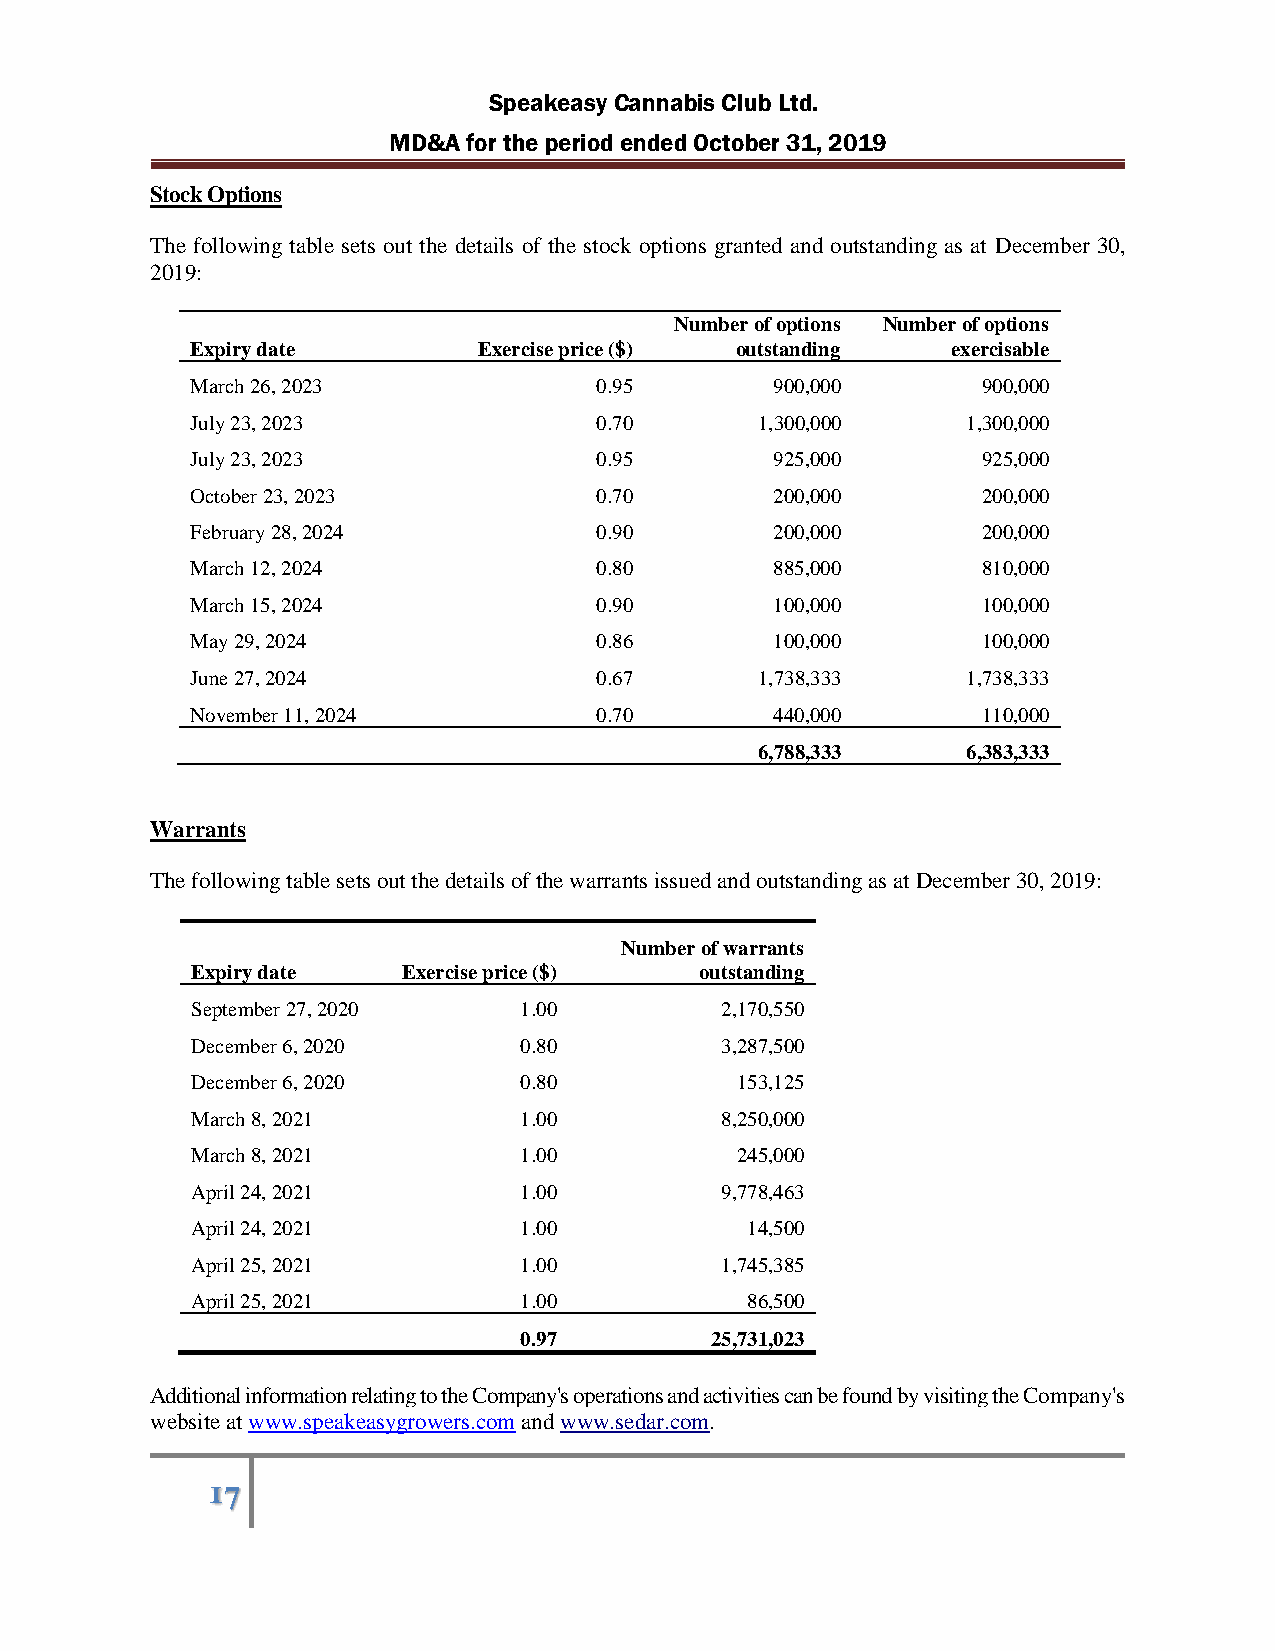
Speakeasy Cannabis Club Ltd.
 MD&A for the period ended October 31, 2019
 Stock Options
 The following table sets out the details of the stock options granted and outstanding as at December 30,
 2019:
 Number of options Number of options
 Expiry date        Exercise price ($) outstanding exercisable
 March 26, 2023            0.95        900,000       900,000
 July 23, 2023             0.70       1,300,000     1,300,000
 July 23, 2023             0.95        925,000       925,000
 October 23, 2023          0.70        200,000       200,000
 February 28, 2024         0.90        200,000       200,000
 March 12, 2024            0.80        885,000       810,000
 March 15, 2024            0.90        100,000       100,000
 May 29, 2024              0.86        100,000       100,000
 June 27, 2024             0.67       1,738,333     1,738,333
 November 11, 2024         0.70        440,000       110,000
 6,788,333     6,383,333
 Warrants
 The following table sets out the details of the warrants issued and outstanding as at December 30, 2019:
 Number of warrants
 Expiry date   Exercise price ($) outstanding
 September 27, 2020   1.00          2,170,550
 December 6, 2020     0.80          3,287,500
 December 6, 2020     0.80           153,125
 March 8, 2021        1.00          8,250,000
 March 8, 2021        1.00           245,000
 April 24, 2021       1.00          9,778,463
 April 24, 2021       1.00           14,500
 April 25, 2021       1.00          1,745,385
 April 25, 2021       1.00           86,500
 0.97         25,731,023
 Additional information relating to the Company's operations and activities can be found by visiting the Company's
 website at www.speakeasygrowers.com and www.sedar.com.
 17